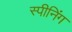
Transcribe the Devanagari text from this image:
स्पीनिंग